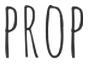
PROP